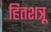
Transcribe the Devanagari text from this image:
हितशत्रू